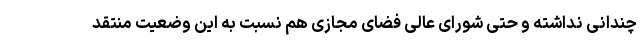
چندانی نداشته و حتی شورای عالی فضای مجازی هم نسبت به این وضعیت منتقد